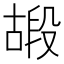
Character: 𠽠